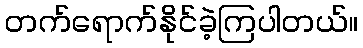
တက်ရောက်နိုင်ခဲ့ကြပါတယ်။